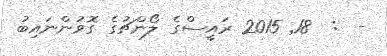
-  :  18